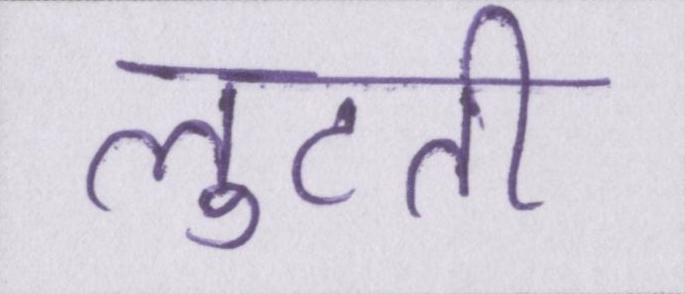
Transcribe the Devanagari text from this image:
लुटती